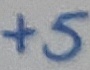
Text: +5